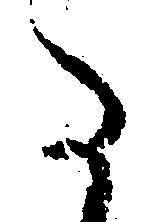
た